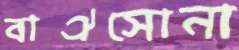
বাঐসোনা